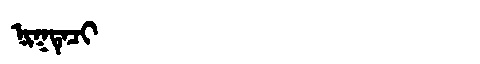
Manchu: ᠨᡳᡴᡨᡝᠴᡳ
Romanization: NIKTECI